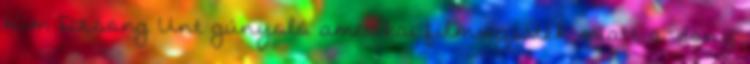
Kim Dzsong Unt gúnyoló amerikai filmvígjáték miatt a Sony